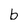
Character: b